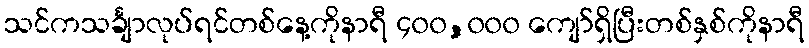
သင်ကသင်္ချာလုပ်ရင်တစ်နေ့ကိုနာရီ ၄၀၀,၀၀၀ ကျော်ရှိပြီးတစ်နှစ်ကိုနာရီ